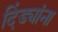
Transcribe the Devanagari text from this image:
दिंड्यांना